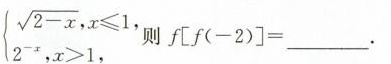
\left{ \sqrt{ 2-x },x ≤ 1 , 2^{ -x }, x>1, 则f\left[f(-2)\right] = ___ $$ 。